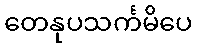
တေနုပသင်္ကမိပေ